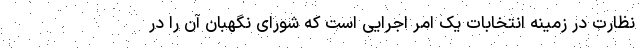
نظارت در زمینه انتخابات یک امر اجرایی است که شورای نگهبان آن را در